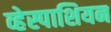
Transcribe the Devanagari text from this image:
व्हेस्पाशियन